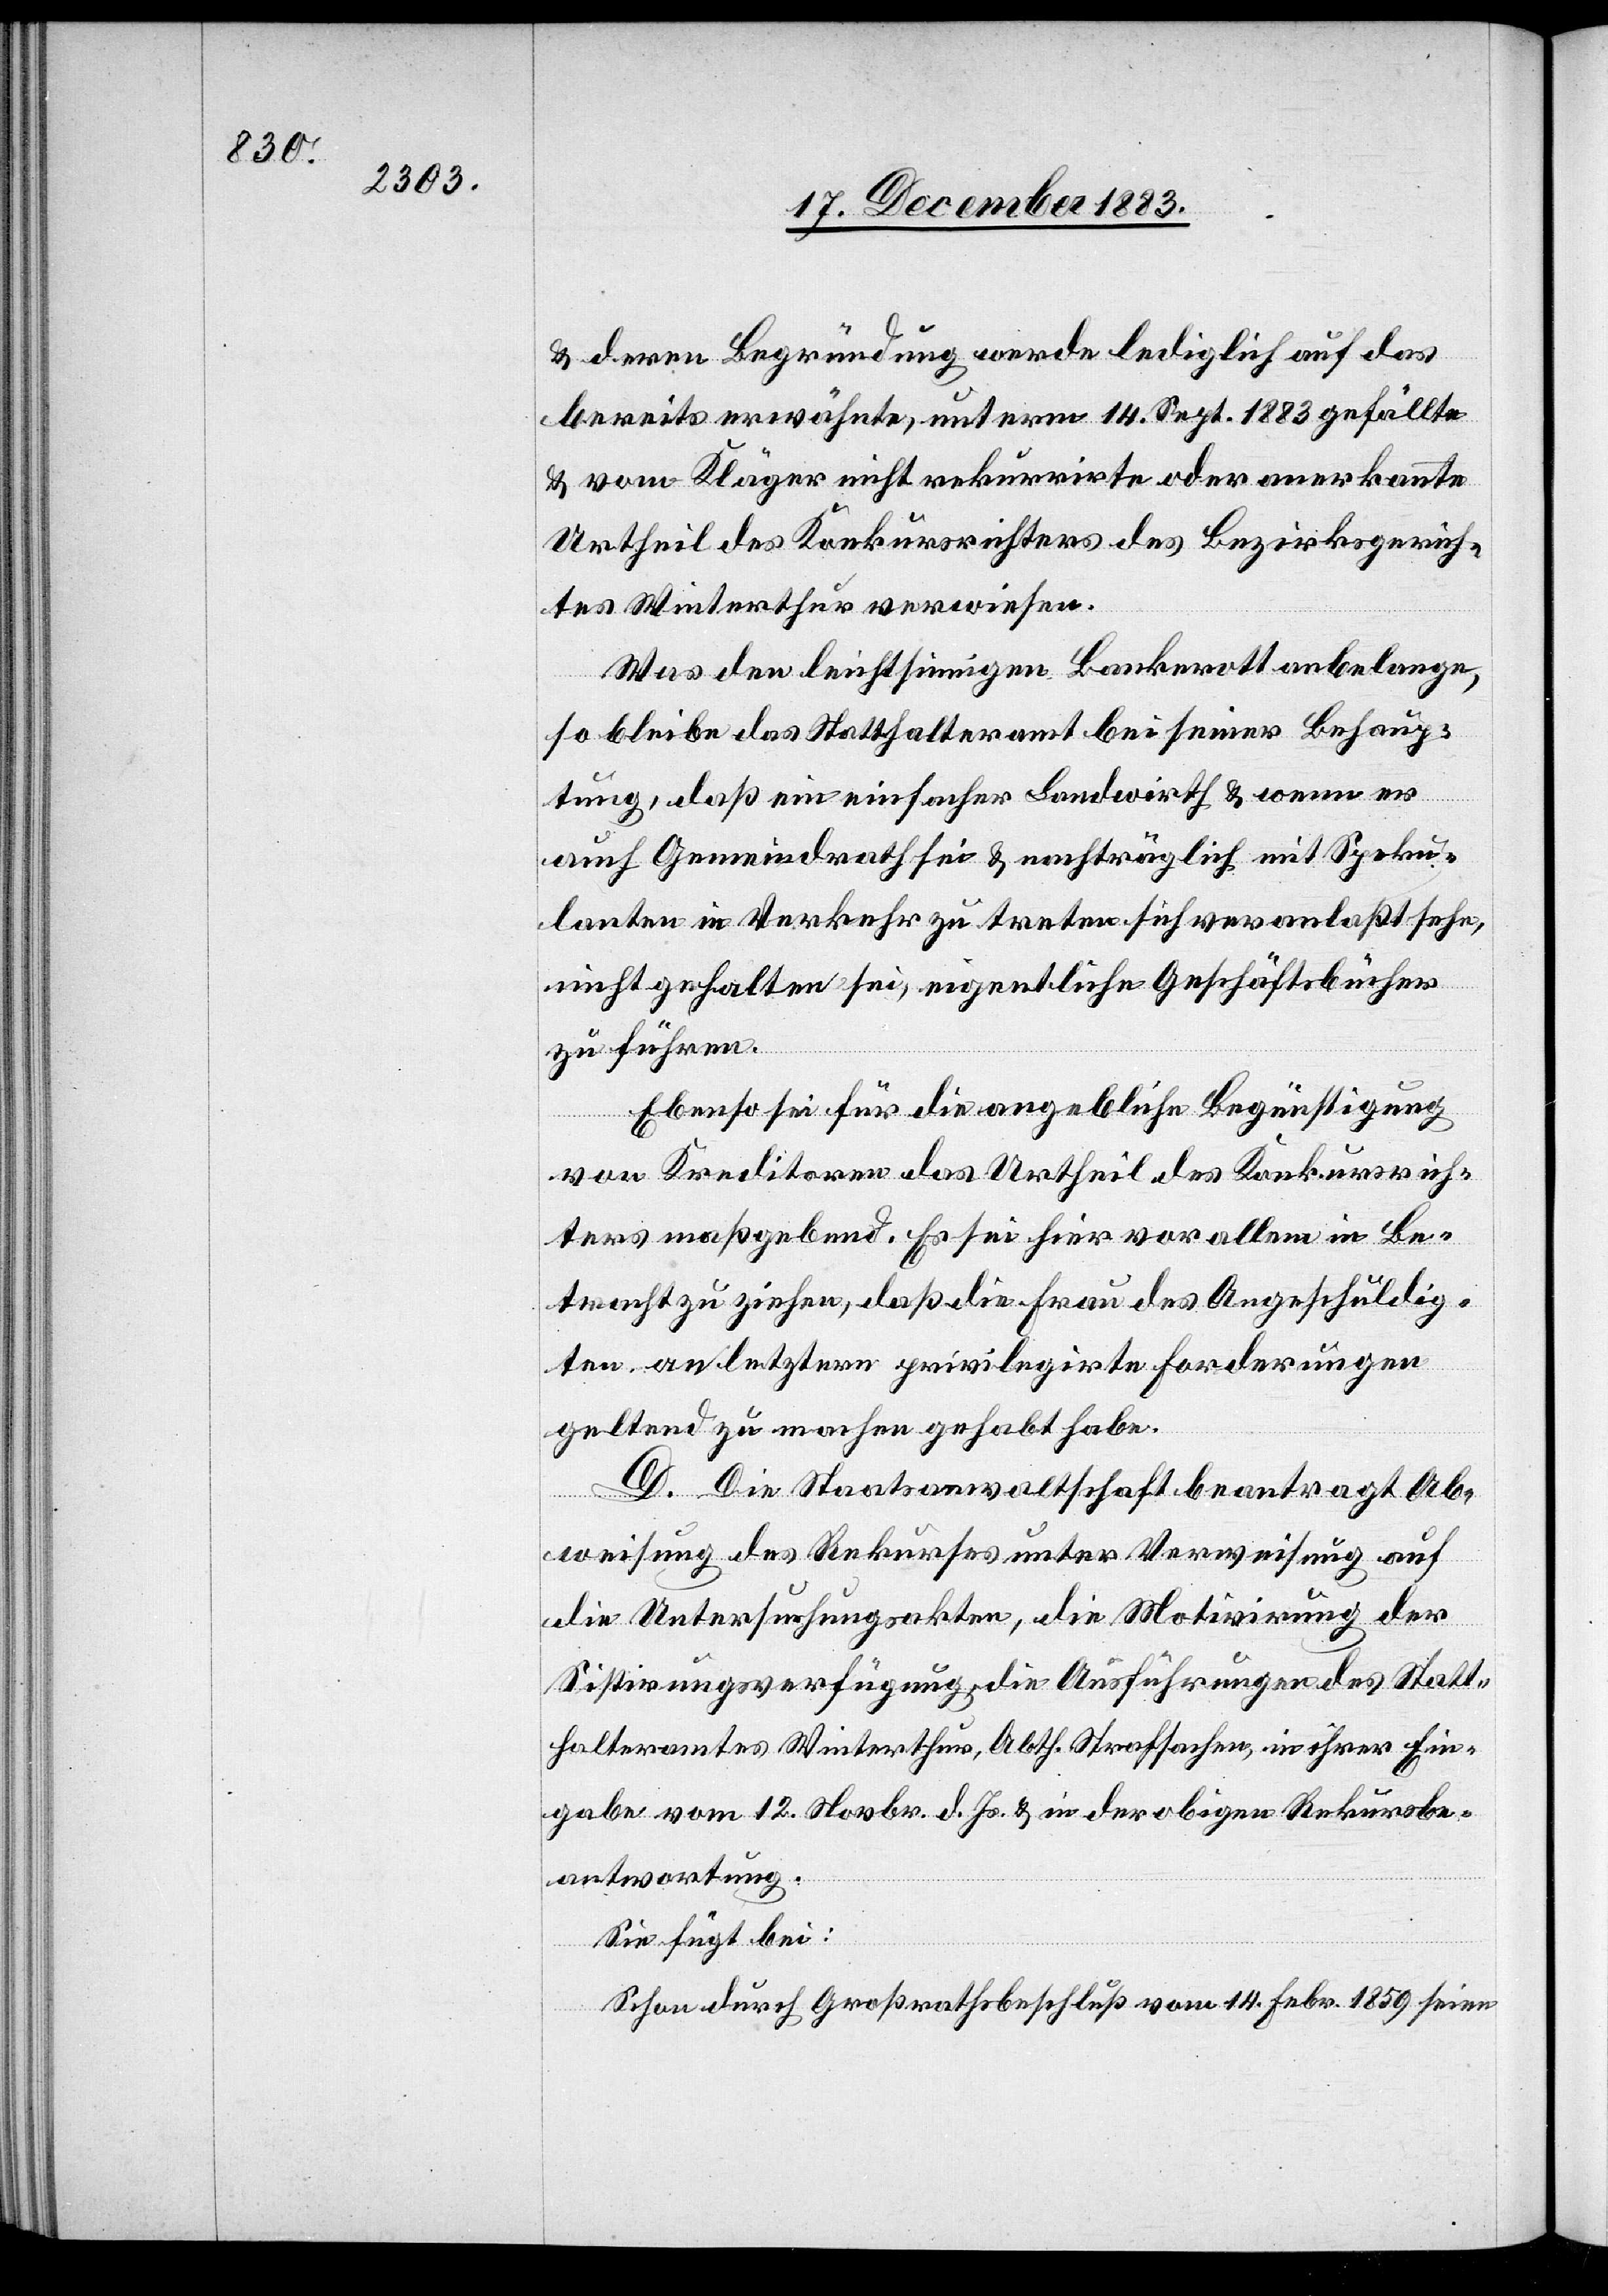
& deren Begründung werde lediglich auf das
bereits erwähnte, unterm 14. Sept. 1883 gefällte
& vom Kläger nicht rekurrirte oder anerkannte
Urtheil des Konkursrichters des Bezirksgerich¬
tes Winterthur verwiesen.
Was den leichtsinnigen Bankerott anbelange,
so bleibe das Statthalteramt bei seiner Behaup¬
tung, daß ein einfacher Landwirth & wenn er
auch Gemeindrath sei & nachträglich mit Speku¬
lanten in Verkehr zu treten sich veranlaßt sehe,
nicht gehalten sei, eigentliche Geschäftsbücher
zu führen.
Ebenso sei für die angebliche Begünstigung
von Kreditoren das Urtheil des Konkursrich¬
ters maßgebend. Es sei hier vor allem in Be¬
tracht zu ziehen, daß die Frau des Angeschuldig¬
ten an letztern privilegirte Forderungen
geltend zu machen gehabt habe.
D. Die Staatsanwaltschaft beantragt Ab¬
weisung des Rekurses unter Verweisung auf
die Untersuchungsakten, die Motivirung der
Sistirungsverfügung, die Ausführungen des Statt¬
halteramtes Winterthur, Abth. Strafsachen, in ihrer Ein¬
gabe vom 12. Novbr. d. Js. & in der obigen Rekursbe¬
antwortung.
Sie fügt bei:
„Schon durch Großrathsbeschluß vom 14. Febr. 1859 seien